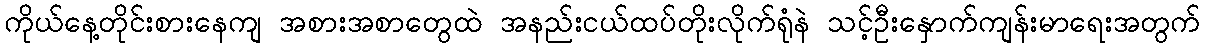
ကိုယ်နေ့တိုင်းစားနေကျ အစားအစာတွေထဲ အနည်းငယ်ထပ်တိုးလိုက်ရုံနဲ သင့်ဦးနှောက်ကျန်းမာရေးအတွက်